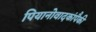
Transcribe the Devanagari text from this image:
पियानोवादकांपैकी